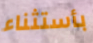
بأستثناء